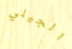
الجيلي